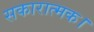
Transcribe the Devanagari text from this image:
सकारात्मक।